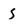
Character: s